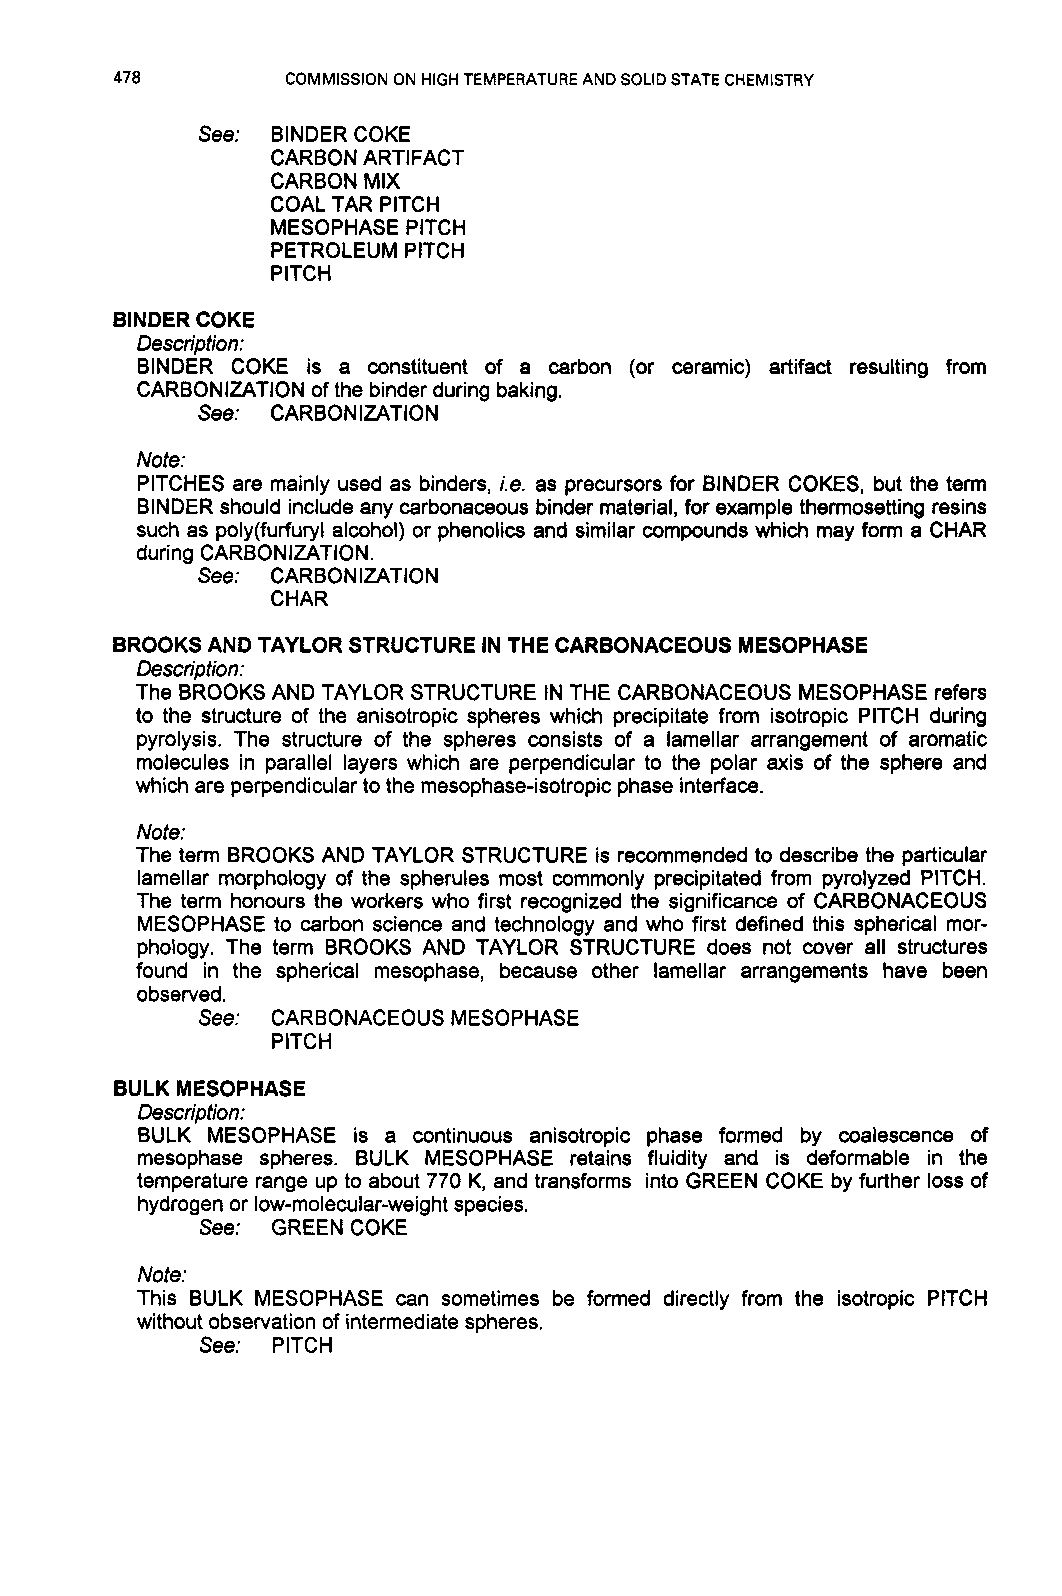
478        COMMISSION ON HIGH TEMPERATURE AND SOLID STATE CHEMISTRY
 See: BINDER COKE
 CARBON ARTIFACT
 CARBON MIX
 COAL TAR PITCH
 MESOPHASE PITCH
 PETROLEUM PITCH
 PITCH
 BINDER COKE
 Description:
 BINDER COKE is a constituent of a carbon (or ceramic) artifact resulting from
 CARBONIZATION of the binder during baking.
 See: CARBONIZATION
 Note:
 PITCHES are mainly used as binders, i.e. as precursors for BINDER COKES, but the term
 BINDER should include any carbonaceous binder material, for example thermosetting resins
 such as poly(furfury1 alcohol) or phenolics and similar compounds which may form a CHAR
 during CARBONIZATION.
 See: CARBONIZATION
 CHAR
 BROOKS AND TAYLOR STRUCTURE IN THE CARBONACEOUS MESOPHASE
 Description:
 The BROOKS AND TAYLOR STRUCTURE IN THE CARBONACEOUS MESOPHASE refers
 to the structure of the anisotropic spheres which precipitate from isotropic PITCH during
 pyrolysis. The structure of the spheres consists of a lamellar arrangement of aromatic
 molecules in parallel layers which are perpendicular to the polar axis of the sphere and
 which are perpendicular to the mesophase-isotropic phase interface.
 Note:
 The term BROOKS AND TAYLOR STRUCTURE is recommended to describe the particular
 lamellar morphology of the spherules most commonly precipitated from pyrolyzed PITCH.
 The term honours the workers who first recognized the significance of CARBONACEOUS
 MESOPHASE to carbon science and technology and who first defined this spherical mor-
 phology. The term BROOKS AND TAYLOR STRUCTURE does not cover all structures
 found in the spherical mesophase, because other lamellar arrangements have been
 observed.
 See: CARBONACEOUS MESOPHASE
 PITCH
 BULK MESOPHASE
 Description:
 BULK MESOPHASE is a continuous anisotropic phase formed by coalescence of
 mesophase spheres. BULK MESOPHASE retains fluidity and is deformable in the
 temperature range up to about 770 K, and transforms into GREEN COKE by further loss of
 hydrogen or low-molecular-weight species.
 See: GREEN COKE
 Note:
 This BULK MESOPHASE can sometimes be formed directly from the isotropic PITCH
 without observation of intermediate spheres.
 See: PITCH